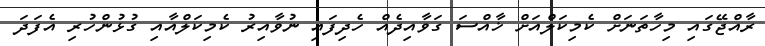
ރާއްޖޭގައި މިހާތަނަށް ކެމިކަލްއަށް ޚާއްސަ ގަވާއިދެއް ހެދިފައި ނުވާއިރު ކެމިކަލްއާއި ގުޅުންހުރި އެފަދަ